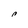
Character: n